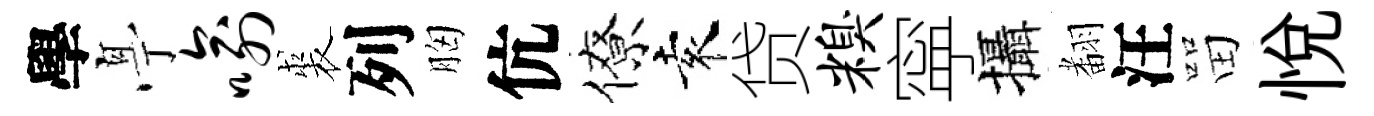
學𠅘喻裘列胸伉僚袁贷糗寜攝𮋒汪㽞悦